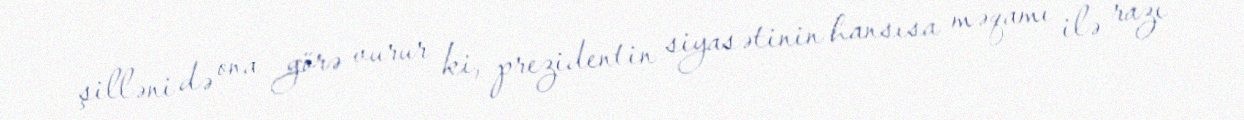
şilləni də ona görə vurur ki, prezidentin siyasətinin hansısa məqamı ilə razı